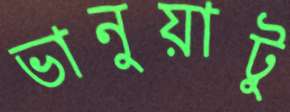
ভানুয়াটু